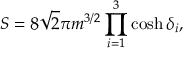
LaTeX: S = 8 \sqrt { 2 } \pi m ^ { 3 / 2 } \prod _ { i = 1 } ^ { 3 } \cosh \delta _ { i } ,